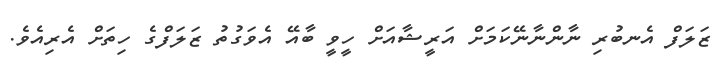
ޒަލަފް އެނބުރި ނާންނާނޭކަމަށް އަރީޝާއަށް ހީވީ ބާއޭ އެވަގުތު ޒަލަފްގެ ހިތަށް އެރިއެވެ.